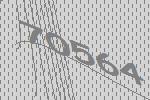
70564